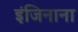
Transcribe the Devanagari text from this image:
इंजिनाना